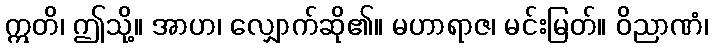
ဣတိ၊ ဤသို့။ အာဟ၊ လျှောက်ဆို၏။ မဟာရာဇ၊ မင်းမြတ်။ ဝိညာဏံ၊